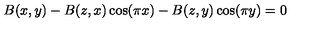
B ( x , y ) - B ( z , x ) \cos ( \pi x ) - B ( z , y ) \cos ( \pi y ) = 0